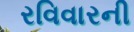
રવિવારની